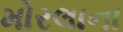
મોરલાના